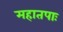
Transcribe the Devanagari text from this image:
महातपाः